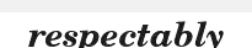
respectably